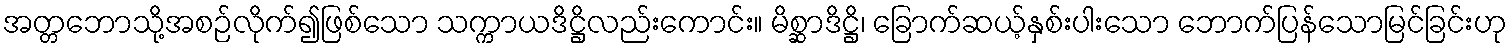
အတ္တဘောသို့အစဉ်လိုက်၍ဖြစ်သော သက္ကာယဒိဋ္ဌိလည်းကောင်း။ မိစ္ဆာဒိဋ္ဌိ၊ ခြောက်ဆယ့်နှစ်းပါးသော ဘောက်ပြန်သောမြင်ခြင်းဟု